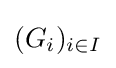
(G_{i})_{i\in I}